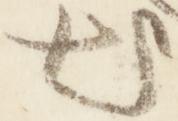
出